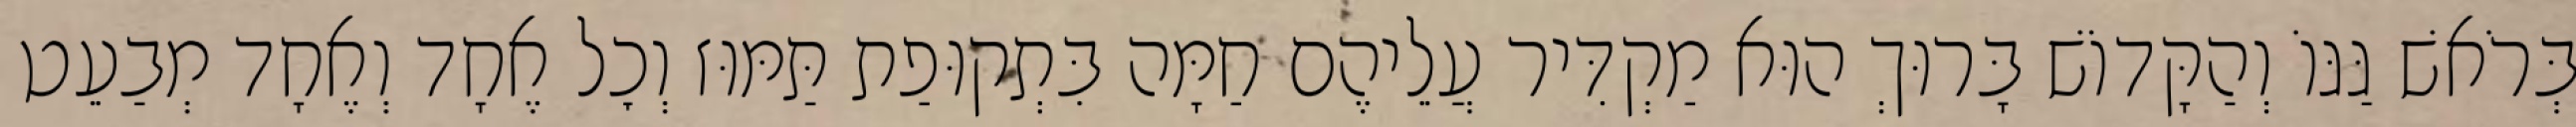
בְּרֹאשׁ גַּגּוֹ וְהַקָּדוֹשׁ בָּרוּךְ הוּא מַקְדִּיר עֲלֵיהֶם חַמָּה בִּתְקוּפַת תַּמּוּז וְכׇל אֶחָד וְאֶחָד מְבַעֵט